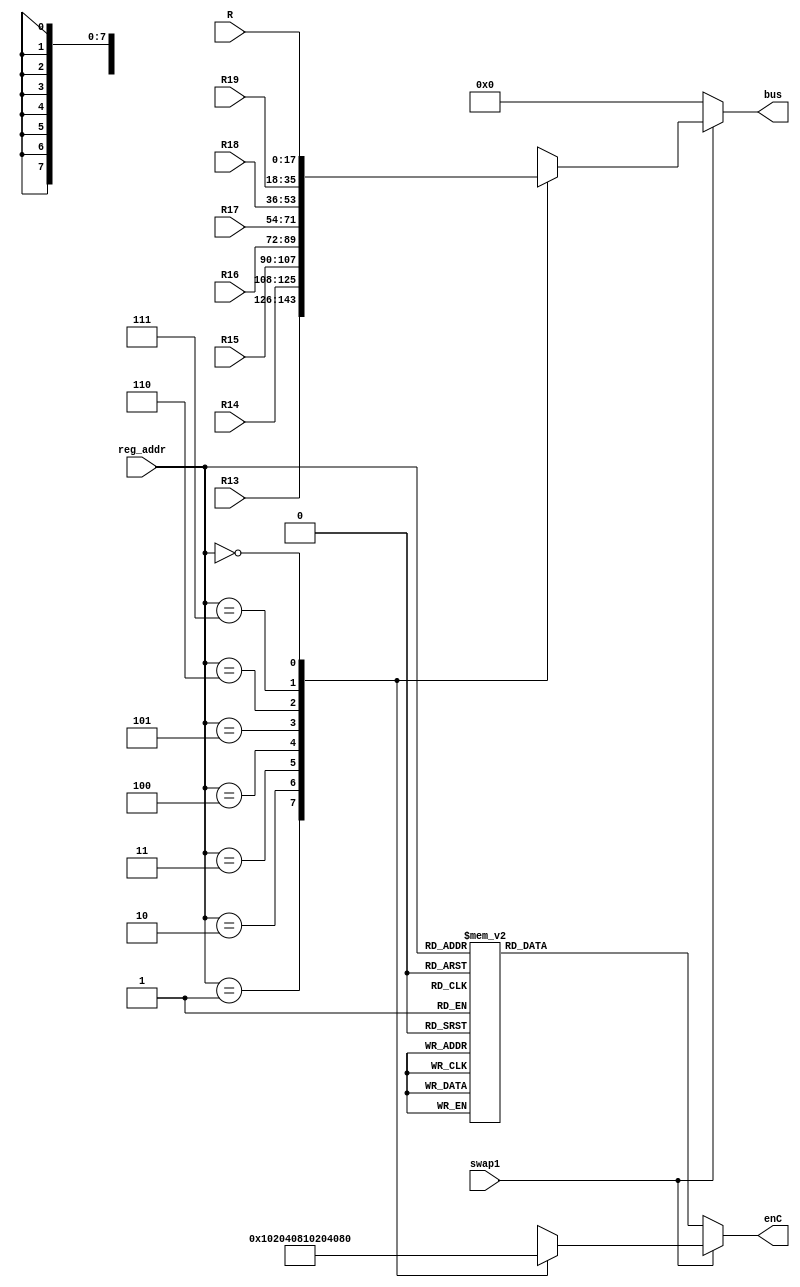
module RegCcontroller(R13,R14,R15,R16,R17,R18,R19,R,swap1,reg_addr,bus,enC
    );
 input [17:0] R13,R14,R15,R16,R17,R18,R19,R;
 input swap1;
 input [2:0] reg_addr; 
 output reg [17:0] bus;
 output reg [7:0] enC;
 
 always @ (R13 or R14 or R15 or R16 or R17 or R18 or R19 or R or swap1 or reg_addr)
  if (swap1)
   case(reg_addr)
	3'd1: begin bus<=R13; enC<=8'b1; end
	3'd2: begin bus<=R14; enC<=8'b10; end
	3'd3: begin bus<=R15; enC<=8'b100; end
	3'd4: begin bus<=R16; enC<=8'b1000; end
	3'd5: begin bus<=R17; enC<=8'b10000; end
	3'd6: begin bus<=R18; enC<=8'b100000; end
	3'd7: begin bus<=R19; enC<=8'b1000000; end
	3'd0: begin bus<=R; enC<=8'b10000000; end
	default begin bus<=8'b0; enC<=8'b0; end
	endcase
  else begin
   bus<=8'b0;
	case(reg_addr)
	3'd1: enC<=8'b1;
	3'd2: enC<=8'b10;
	3'd3: enC<=8'b100; 
	3'd4: enC<=8'b1000; 
	3'd5: enC<=8'b10000; 
	3'd6: enC<=8'b100000; 
	3'd7: enC<=8'b1000000; 
	3'd0: enC<=8'b10000000; 
	default enC<=8'b0; 
	endcase
  end
endmodule